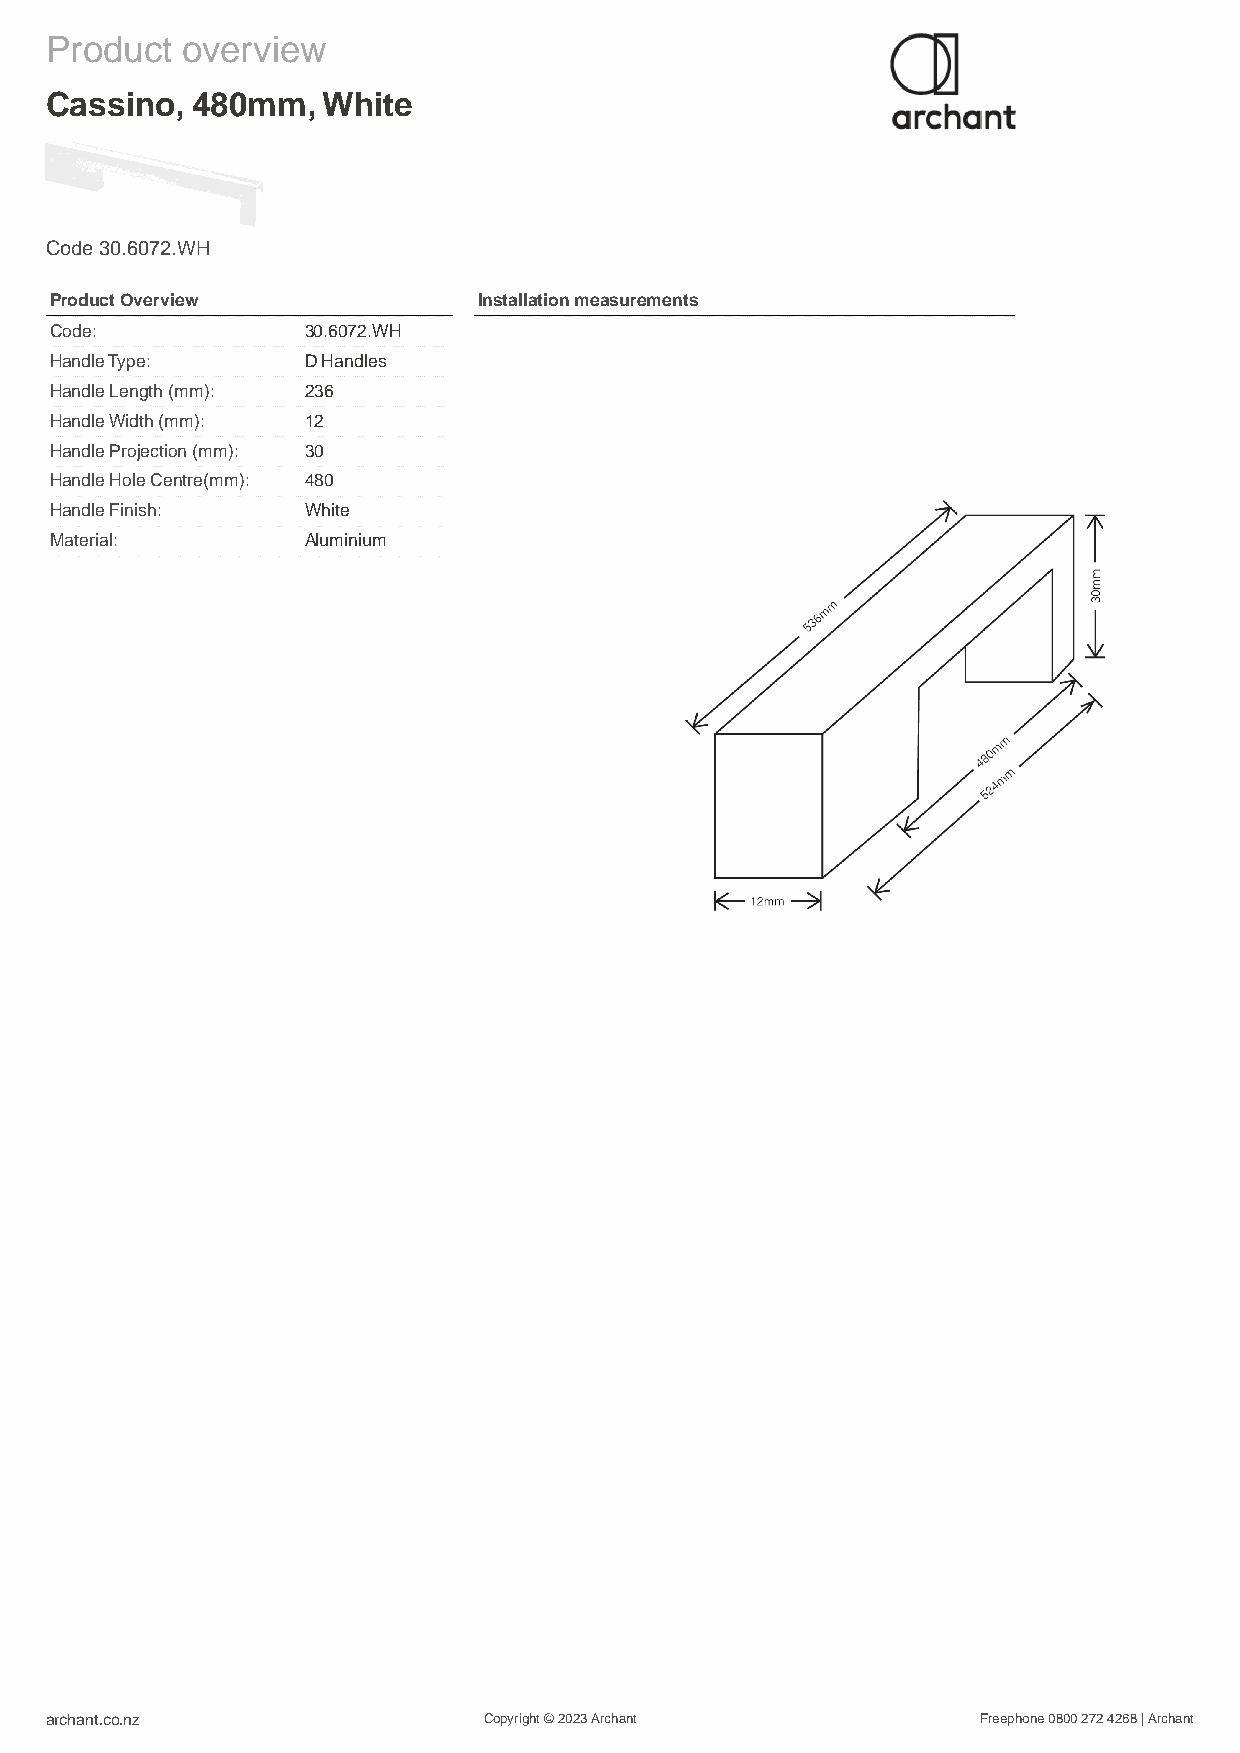
Product  overview
 Cassino,  480mm,  White
 Code 30.6072.WH
 Product Overview             Installation measurements
 Code:            30.6072.WH
 Handle Type:     D Handles
 Handle Length (mm): 236
 Handle Width (mm): 12
 Handle Projection (mm): 30
 Handle Hole Centre(mm): 480
 Handle Finish:   White
 Material:        Aluminium
 archant.co.nz                Copyright © 2023 Archant         Freephone 0800 272 4268 | Archant